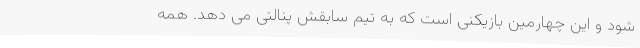
شود و این چهارمین بازیکنی است که به تیم سابقش پنالتی می‌ دهد. همه